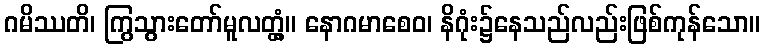
ဂမိဿတိ၊ ကြွသွားတော်မူလတ္တံ့။ နောဂမာစေဝ၊ နိဂုံး၌နေသည်လည်းဖြစ်ကုန်သော။